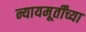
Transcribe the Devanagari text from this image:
न्यायमूर्तींच्या